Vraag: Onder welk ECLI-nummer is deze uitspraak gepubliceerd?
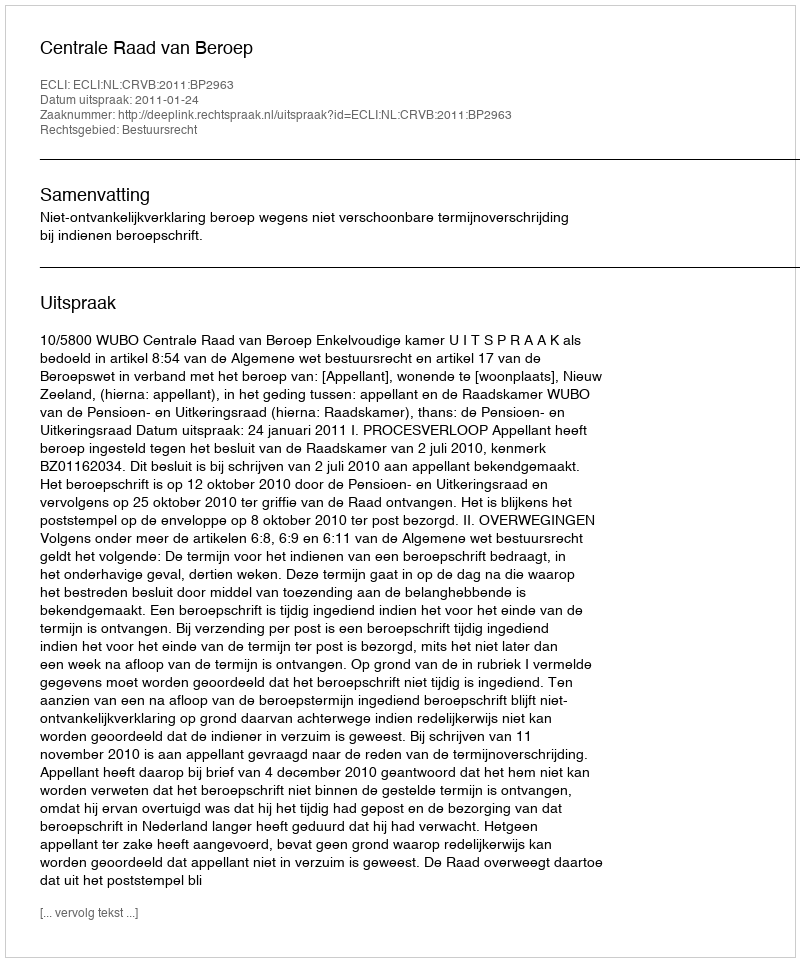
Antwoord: ECLI:NL:CRVB:2011:BP2963